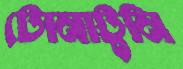
টোনাটুনি